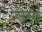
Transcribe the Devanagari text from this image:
लेमा